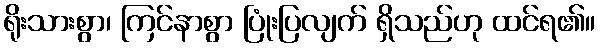
ရိုးသားစွာ၊ ကြင်နာစွာ ပြုံးပြလျက် ရှိသည်ဟု ထင်ရ၏။